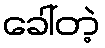
ခေါ်တဲ့